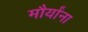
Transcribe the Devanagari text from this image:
मौर्यांना